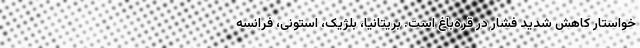
خواستار کاهش شدید فشار در قره‌باغ است. بریتانیا، بلژیک، استونی، فرانسه